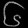
Digit: ၆